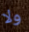
ولا